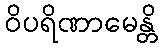
ဝိပရိဏာမေန္တိ